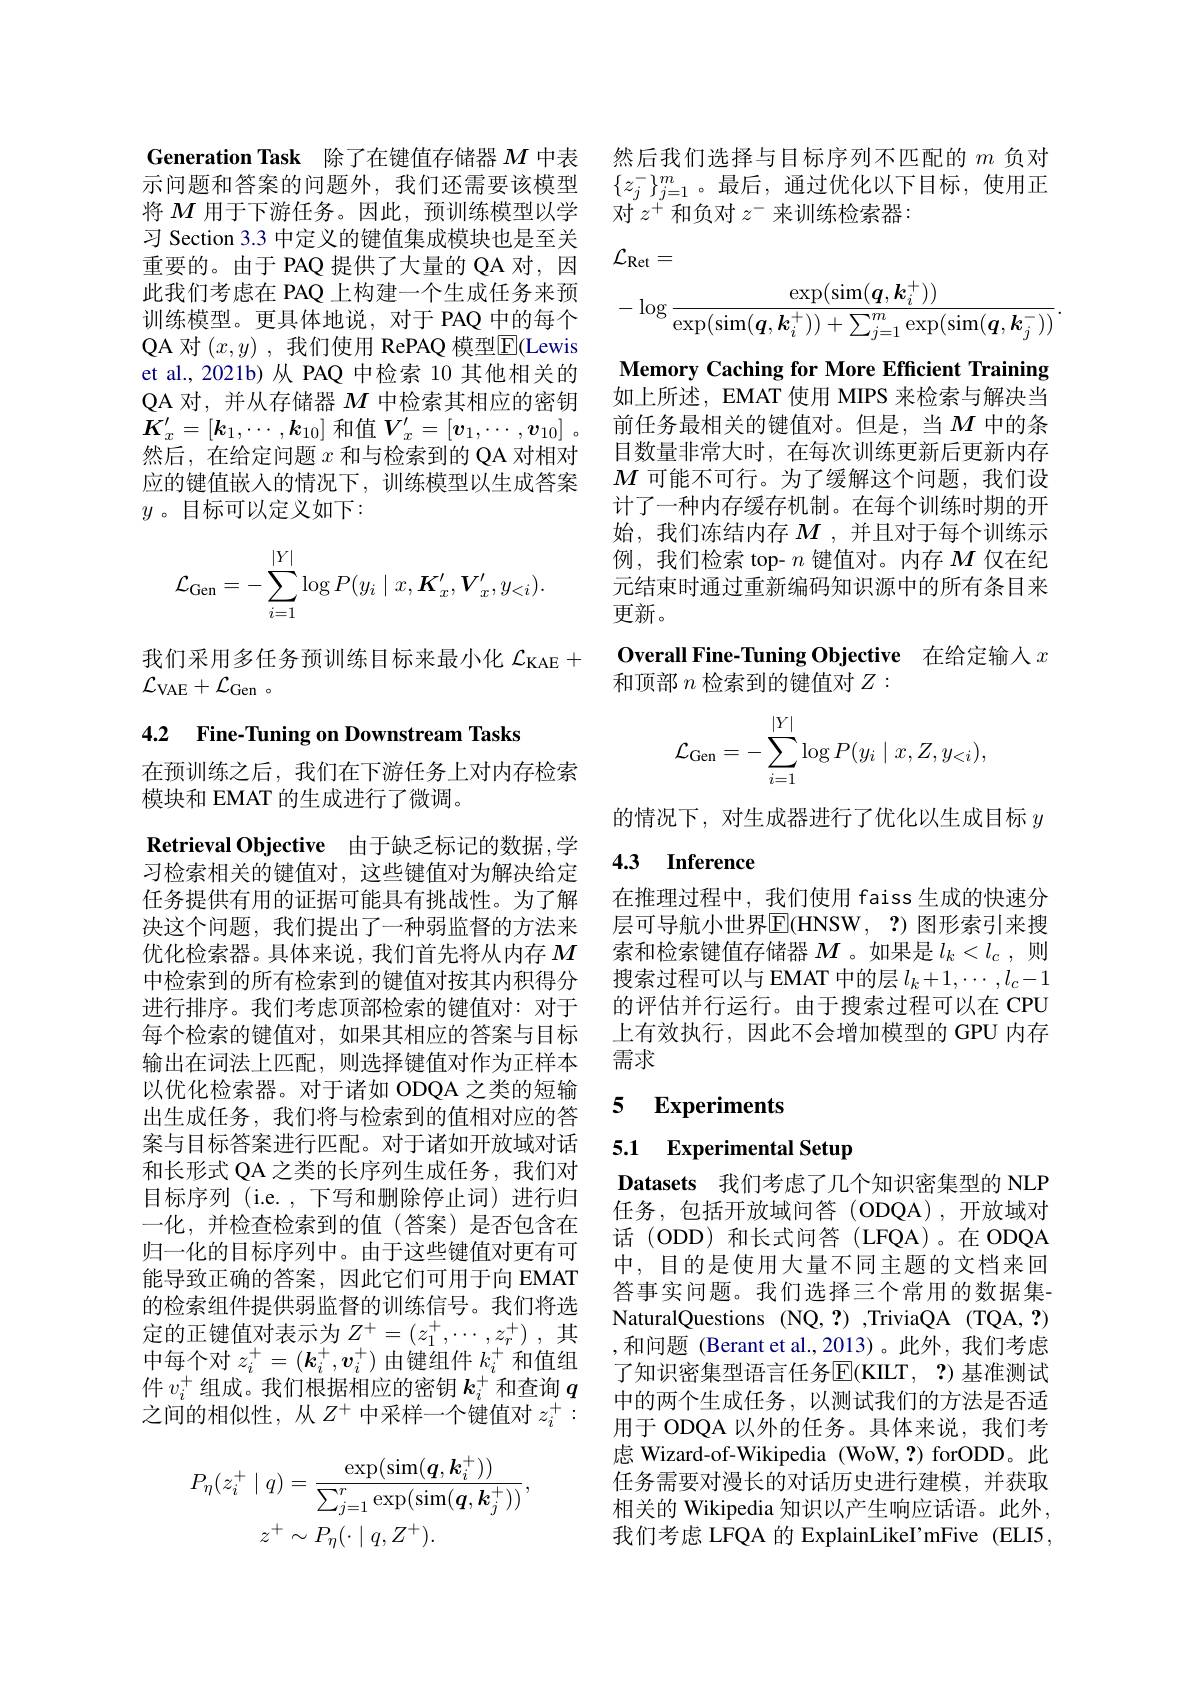
Generation Task 除了在键值存储器$M$中表示问题和答案的问题外，我们还需要该模型将$M$用于下游任务。因此，预训练模型以学习 Section 3.3 中定义的键值集成模块也是至关重要的。由于 PAQ 提供了大量的 QA 对，因此我们考虑在 PAQ 上构建一个生成任务来预训练模型。更具体地说，对于 PAQ 中的每个QA 对 $(x,y)$ ,我们使用 RePAQ 模型$\overline{\mathrm{E}}$(Lewis et al.,2021b)从 PAQ 中检索 10 其他相关的QA 对，并从存储器$M$中检索其相应的密钥$\boldsymbol{K}_{x}^{\prime}=[\boldsymbol{k}_{1},\cdots,\boldsymbol{k}_{10}]$和值$\boldsymbol{V}_x^\prime = [ \boldsymbol{v}_1, \cdots , \boldsymbol{v}_{10}]$ . 然后，在给定问题$x$和与检索到的 QA 对相对应的键值嵌入的情况下，训练模型以生成答案$y$。目标可以定义如下：
$$\mathcal{L}_{\mathrm{Gen}}=-\sum_{i=1}^{|Y|}\log P(y_i\mid x,\boldsymbol{K}_x',\boldsymbol{V}_x',y_{<i}).$$
我们采用多任务预训练目标来最小化$\mathcal{L}_\mathrm{KAE}+$
$\mathcal{L} _{\mathrm{VAE}}+ \mathcal{L} _{\mathrm{Gen}}$ 。

4.2 Fine-Tuning on Downstream Tasks

在预训练之后，我们在下游任务上对内存检索
模块和 EMAT 的生成进行了微调。

$\textbf{Retrieval Objective}$ 由于缺乏标记的数据，学习检索相关的键值对，这些键值对为解决给定任务提供有用的证据可能具有挑战性。为了解决这个问题，我们提出了一种弱监督的方法来优化检索器。具体来说，我们首先将从内存$M$ 中检索到的所有检索到的键值对按其内积得分进行排序。我们考虑顶部检索的键值对：对于每个检索的键值对，如果其相应的答案与目标输出在词法上匹配，则选择键值对作为正样本以优化检索器。对于诸如 ODQA 之类的短输出生成任务，我们将与检索到的值相对应的答案与目标答案进行匹配。对于诸如开放域对话和长形式 QA 之类的长序列生成任务，我们对目标序列 (i.e.,下写和删除停止词)进行归一化，并检查检索到的值(答案)是否包含在归一化的目标序列中。由于这些键值对更有可能导致正确的答案，因此它们可用于向 EMAT 的检索组件提供弱监督的训练信号。我们将选定的正键值对表示为$Z^+=(z_1^+,\cdots,z_r^+)$,其中每个对$z_i^+=(\boldsymbol{k}_i^+,\boldsymbol{v}_i^+)$由键组件$k_i^+$和值组件$v_i^+$组成。我们根据相应的密钥$k_i^+$和查询$q$ 之间的相似性，从$Z^+$中采样一个键值对$z_i^+:$
$$P_{\eta}(z_{i}^{+}\mid q)=\frac{\exp(\sin(\boldsymbol{q},\boldsymbol{k}_{i}^{+}))}{\sum_{j=1}^{r}\exp(\sin(\boldsymbol{q},\boldsymbol{k}_{j}^{+}))},\\z^{+}\sim P_{\eta}(\cdot\mid q,Z^{+}).$$
然后我们选择与目标序列不匹配的$m$负对$\{z_j^-\}_{j=1}^m$。最后，通过优化以下目标，使用正对$z^+$和负对$z^-$来训练检索器：
$$\begin{aligned}&\mathcal{L}_{\mathrm{Ret}}=\\&-\log\frac{\exp(\sin(\boldsymbol{q},\boldsymbol{k}_i^+))}{\exp(\sin(\boldsymbol{q},\boldsymbol{k}_i^+))+\sum_{j=1}^m\exp(\sin(\boldsymbol{q},\boldsymbol{k}_j^-))}.\end{aligned}$$
Memory Caching for More Efficient Training 如上所述，EMAT 使用 MIPS 来检索与解决当前任务最相关的键值对。但是，当$M$ 中的条目数量非常大时，在每次训练更新后更新内存$M$可能不可行。为了缓解这个问题，我们设计了一种内存缓存机制。在每个训练时期的开始，我们冻结内存$M$ ,并且对于每个训练示例，我们检索 top- $n$键值对。内存$M$仅在纪元结束时通过重新编码知识源中的所有条目来更新。
Overall Fine-Tuning Objective 在给定输人$x$
和顶部$n$检索到的键值对$Z:$
$$\mathcal{L}_{\mathrm{Gen}}=-\sum_{i=1}^{|Y|}\log P(y_i\mid x,Z,y_{<i}),$$
的情况下，对生成器进行了优化以生成目标$y$

## 4.3 Inference

在推理过程中，我们使用 faiss 生成的快速分层可导航小世界$\overline{\mathrm{E}}($HNSW, ?)图形索引来搜索和检索键值存储器$M$ 。如果是$l_k<l_c$,则搜索过程可以与 EMAT 中的层$l_k+1,\cdots,l_c-1$ 的评估并行运行。由于搜索过程可以在 CPU 上有效执行，因此不会增加模型的 GPU 内存需求

# 5 Experiments

# 5.1 Experimental Setup

Datasets 我们考虑了几个知识密集型的 NLP 任务，包括开放域问答(ODQA),开放域对话 (ODD) 和长式问答 (LFQA)。在 ODQA 中，目的是使用大量不同主题的文档来回答事实问题。我们选择三个常用的数据集NaturalQuestions (NQ,?) ,TriviaQA (TQA, ?) ,和问题 (Berant et al.,2013)。此外，我们考虑了知识密集型语言任务$\operatorname{E}($KILT, ?)基准测试中的两个生成任务，以测试我们的方法是否适用于 ODQA 以外的任务。具体来说，我们考虑 Wizard-of-Wikipedia (WoW, ?) forODD。此任务需要对漫长的对话历史进行建模，并获取相关的 Wikipedia 知识以产生响应话语。此外， 我们考虑 LFQA 的 ExplainLikeI'mFive (ELI5,